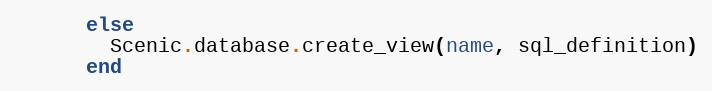
Language: Ruby
      else
        Scenic.database.create_view(name, sql_definition)
      end